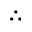
\therefore